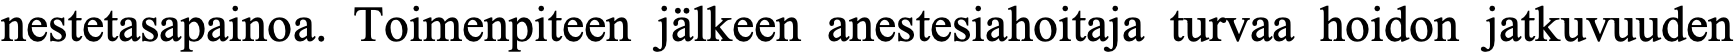
nestetasapainoa. Toimenpiteen jälkeen anestesiahoitaja turvaa hoidon jatkuvuuden